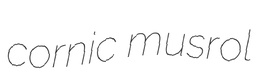
cornic musrol